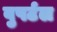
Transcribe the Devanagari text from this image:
वुपर्टल